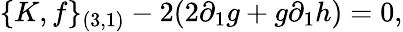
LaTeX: \{ K,f\} _{(3,1)}-2(2\partial_{1}g+g\partial_{1}h)=0,